Scientific memoirs by medical officers of the Army of India - Part X,
Year: 1897
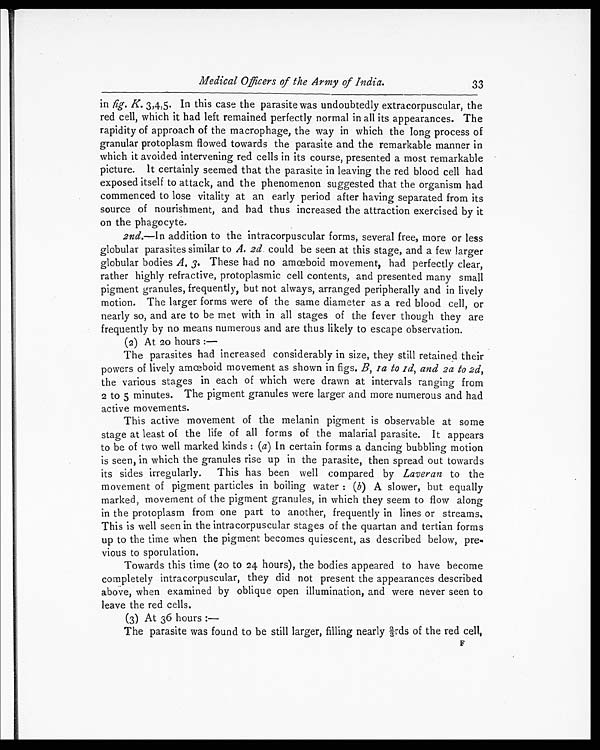
Medical Officers of the Army of India.
33
in fig. K. 3,4,5. In this case the parasite was undoubtedly extracorpuscular, the
red cell, which it had left remained perfectly normal in all its appearances. The
rapidity of approach of the macrophage, the way in which the long process of
granular protoplasm flowed towards the parasite and the remarkable manner in
which it avoided intervening red cells in its course, presented a most remarkable
picture. It certainly seemed that the parasite in leaving the red blood cell had
exposed itself to attack, and the phenomenon suggested that the organism had
commenced to lose vitality at an early period after having separated from its
source of nourishment, and had thus increased the attraction exercised by it
on the phagocyte.
2nd.—In addition to the intracorpuscular forms, several free, more or less
globular parasites similar to A. 2d could be seen at this stage, and a few larger
globular bodies A. 3. These had no amœboid movement, had perfectly clear,
rather highly refractive, protoplasmic cell contents, and presented many small
pigment granules, frequently, but not always, arranged peripherally and in lively
motion. The larger forms were of the same diameter as a red blood cell, or
nearly so, and are to be met with in all stages of the fever though they are
frequently by no means numerous and are thus likely to escape observation.
(2) At 20 hours :
—
The parasites had increased considerably in size, they still retained their
powers of lively amœboid movement as shown in figs. B, 1a to 1d, and 2a to 2d,
the various stages in each of which were drawn at intervals ranging from
2 to 5 minutes. The pigment granules were larger and more numerous and had
active movements.
This active movement of the melanin pigment is observable at some
stage at least of the life of all forms of the malarial parasite. It appears
to be of two well marked kinds : (a) In certain forms a dancing bubbling motion
is seen, in which the granules rise up in the parasite, then spread out towards
its sides irregularly. This has been well compared by Laveran to the
movement of pigment particles in boiling water : ( b) A slower, but equally
marked, movement of the pigment granules, in which they seem to flow along
in the protoplasm from one part to another, frequently in lines or streams.
This is well seen in the intra corpuscular stages of the quartan and tertian forms
up to the time when the pigment becomes quiescent, as described below, pre
-vious to sporulation.
Towards this time (20 to 24 hours), the bodies appeared to have become
completely intracorpuscular, they did not present the appearances described
above, when examined by oblique open illumination, and were never seen to
leave the red cells.
(3) At 36 hours :
—
The parasite was found to be still larger, filling nearly 2/3rds of the red cell, F